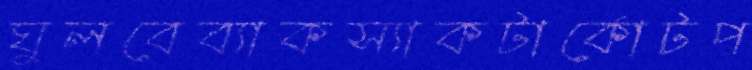
ঘুলবেব্যাকস্যাকটার্কোটপ